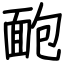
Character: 靤